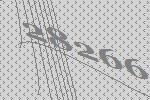
28266